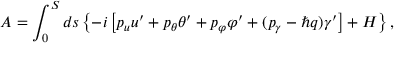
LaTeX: A = \int _ { 0 } ^ { S } d s \left\{ - i \left[ p _ { u } u ^ { \prime } + p _ { \theta } \theta ^ { \prime } + p _ { \varphi } \varphi ^ { \prime } + ( p _ { \gamma } - \hbar q ) \gamma ^ { \prime } \right] + H \right\} ,